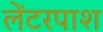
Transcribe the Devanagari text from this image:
लेंटरपाश